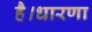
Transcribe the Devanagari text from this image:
है।धारणा